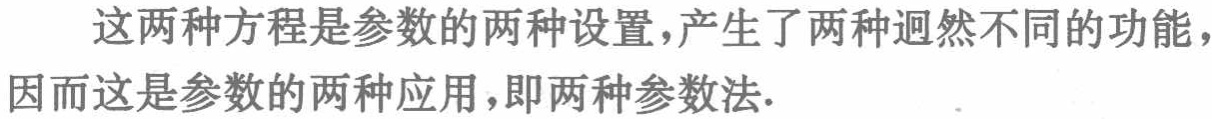
这两种方程是参数的两种设置，产生了两种迥然不同的功能，因而这是参数的两种应用，即两种参数法.